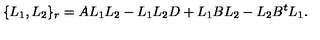
\{ L _ { 1 } , L _ { 2 } \} _ { r } = A L _ { 1 } L _ { 2 } - L _ { 1 } L _ { 2 } D + L _ { 1 } B L _ { 2 } - L _ { 2 } B ^ { t } L _ { 1 } .